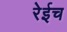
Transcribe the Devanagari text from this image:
रेईच